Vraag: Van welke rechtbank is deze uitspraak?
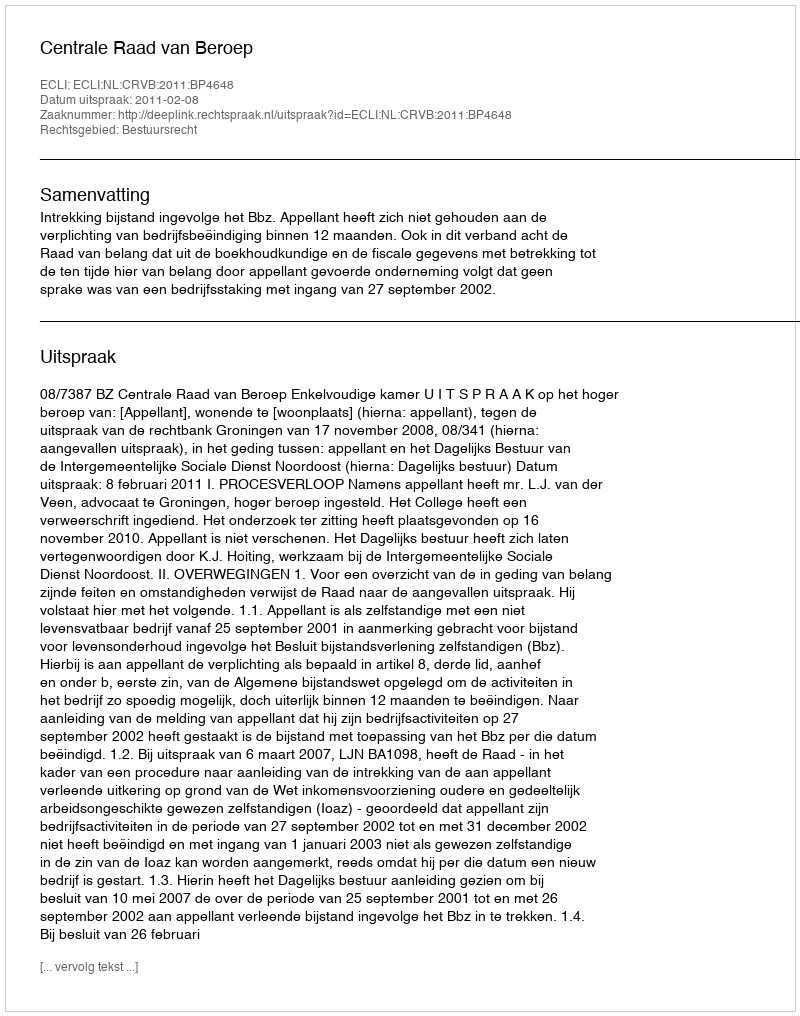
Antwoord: Centrale Raad van Beroep